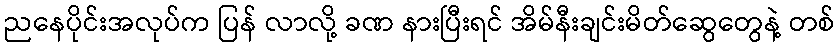
ညနေပိုင်းအလုပ်က ပြန် လာလို့ ခဏ နားပြီးရင် အိမ်နီးချင်းမိတ်ဆွေတွေနဲ့ တစ်